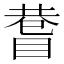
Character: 𥈄